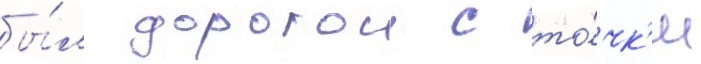
бы́л дорогои с то́чк'и